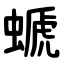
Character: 螔